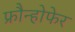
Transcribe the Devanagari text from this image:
फ्रौन्होफेर